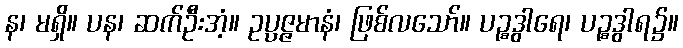
န၊ မရှိ။ ပန၊ ဆက်ဦးအံ့။ ဥပ္ပဇ္ဇမာနံ၊ ဖြစ်လသော်။ ပဉ္စဒွါရေ၊ ပဉ္စဒွါရ၌။